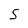
Character: S